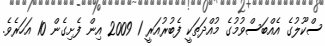
ސްކޫލުގެ އެއްބަސްވުމުގެ މުއްދަތަކީ ފެބުރުއަރީ 1 2009 އިން ފެށިގެން 10 އަހަރެވެ.